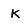
Character: K